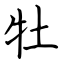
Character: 牡